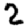
Digit: 2